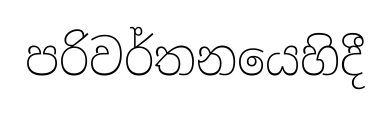
පරිවර්තනයෙහිදී